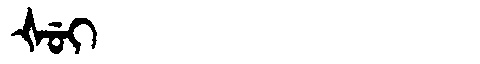
Manchu: ᡧᡠᡳ
Romanization: ŠUI